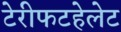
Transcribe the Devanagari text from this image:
टेरीफटहेलेट